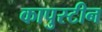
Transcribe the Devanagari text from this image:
कापुस्टीन